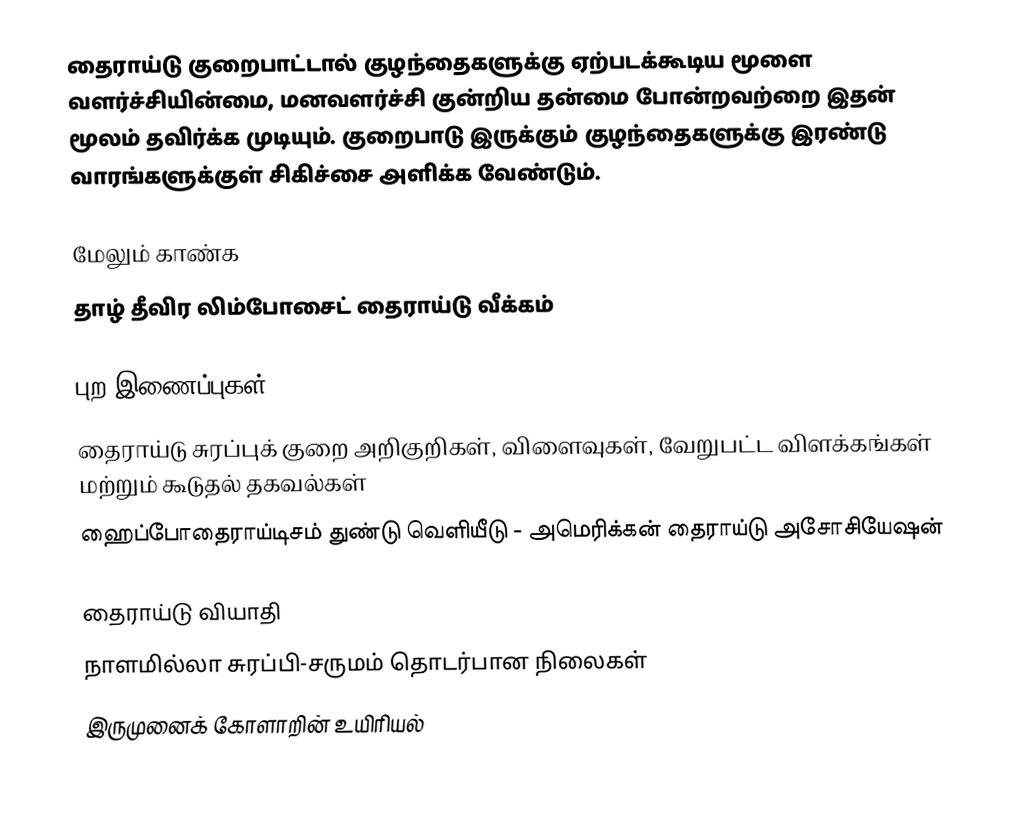
தைராய்டு குறைபாட்டால் குழந்தைகளுக்கு ஏற்படக்கூடிய மூளை வளர்ச்சியின்மை, மனவளர்ச்சி குன்றிய தன்மை போன்றவற்றை இதன் மூலம் தவிர்க்க முடியும். குறைபாடு இருக்கும் குழந்தைகளுக்கு இரண்டு வாரங்களுக்குள் சிகிச்சை அளிக்க வேண்டும்.

மேலும் காண்க
தாழ் தீவிர லிம்போசைட் தைராய்டு வீக்கம்

புற இணைப்புகள்
தைராய்டு சுரப்புக் குறை அறிகுறிகள், விளைவுகள், வேறுபட்ட விளக்கங்கள் மற்றும் கூடுதல் தகவல்கள்
ஹைப்போதைராய்டிசம் துண்டு வெளியீடு - அமெரிக்கன் தைராய்டு அசோசியேஷன்

தைராய்டு வியாதி
நாளமில்லா சுரப்பி-சருமம் தொடர்பான நிலைகள்
இருமுனைக் கோளாறின் உயிரியல்